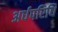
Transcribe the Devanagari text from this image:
अर्धपरिधि